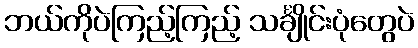
ဘယ်ကိုပဲကြည့်ကြည့် သင်္ချိုင်းပုံတွေပဲ